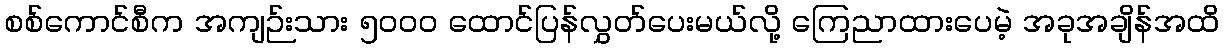
စစ်ကောင်စီက အကျဉ်းသား ၅၀၀၀ ထောင်ပြန်လွှတ်ပေးမယ်လို့ ကြေညာထားပေမဲ့ အခုအချိန်အထိ